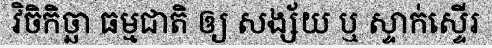
វិចិកិច្ឆា ធម្មជាតិ ឲ្យ សង្ស័យ ឬ ស្ទាក់ស្ទើរ